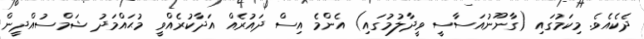
ދެކެއެވެ. މިކަމުގައި (ގާނޫނުއަސާސީ ވީދާލުމުގައި) އެންމެ އިސް ދައުރެއް އަދާކުރެއްވީ މުޙައްމަދު ޝަމްސުއްދީން